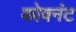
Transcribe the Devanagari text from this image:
कोवनंट